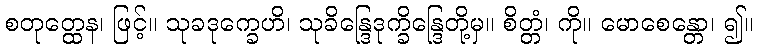
စတုတ္ထေန၊ ဖြင့်။ သုခဒုက္ခေဟိ၊ သုခိန္ဒြေဒုက္ခိန္ဒြေတို့မှ။ စိတ္တံ၊ ကို။ မောစေန္တော၊ ၍။